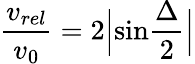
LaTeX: {\frac{v_{rel}}{v_{0}}}=2\Big|\mathrm{sin}{\frac{\Delta}{2}}\Big|